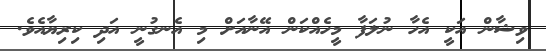
ވިޝާން އަކީީ އެހާ ނުލަފާ މީހެއްކަން އޭނާއަށް މި އެނގުނީ އަދި ކިރިޔާއެވެ.